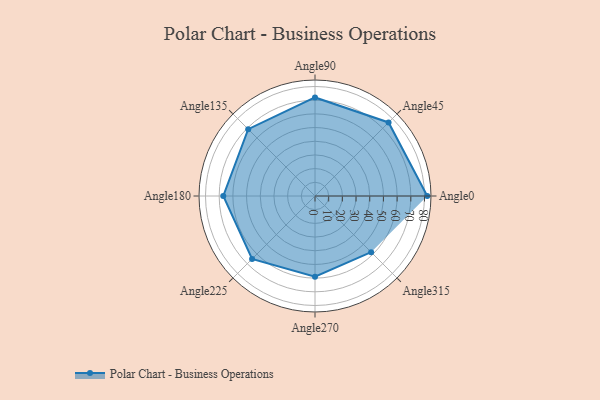
{"axis": {"x": "Angle", "y": "Radius"}, "legend": [""], "data": [{"x": "Angle0", "y": 82.0, "type": ""}, {"x": "Angle45", "y": 76.0, "type": ""}, {"x": "Angle90", "y": 72.0, "type": ""}, {"x": "Angle135", "y": 69.0, "type": ""}, {"x": "Angle180", "y": 67.0, "type": ""}, {"x": "Angle225", "y": 65.0, "type": ""}, {"x": "Angle270", "y": 59.0, "type": ""}, {"x": "Angle315", "y": 58.0, "type": ""}]}